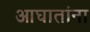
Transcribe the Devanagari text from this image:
आघातांना